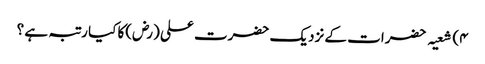
۴) شعیہ حضرات کے نزدیک حضرت علی (رض)کا کیا رتبہ ہے ؟